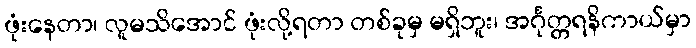
ဖုံးနေတာ၊ လူမသိအောင် ဖုံးလို့ရတာ တစ်ခုမှ မရှိဘူး၊ အင်္ဂုတ္တရနိကာယ်မှာ